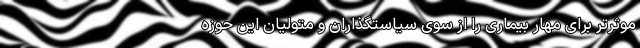
موثرتر برای مهار بیماری را از سوی سیاستگذاران و متولیان این حوزه